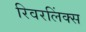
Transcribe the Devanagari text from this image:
रिवरलिंक्स